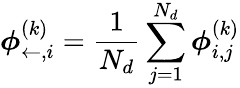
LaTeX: {\boldsymbol{\phi}_{\leftarrow,i}^{(k)}=\frac{1}{N_{d}}\sum_{j=1}^{N_{d}}\boldsymbol{\phi}_{i,j}^{(k)}}